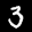
Label: 3